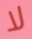
لا